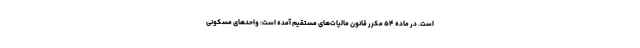
است. در ماده ۵۴ مکرر قانون مالیات‌های مستقیم آمده است: واحدهای مسکونی